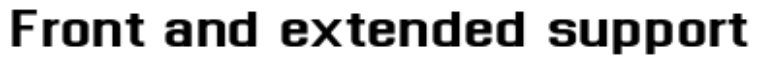
Front and extended support